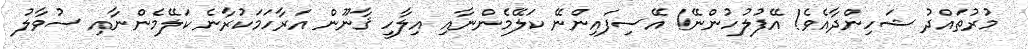
މުރުތައްދު ޝަހިންދާއެވެ! އޭފުލުހުންނޭ! އޭސިފައިންނޭ ކަލޭމެންނާއި އިލާހީ ޤާނޫން އަރާހަމަކުރާނެ ކަލޭމެންނާއި ސުވާލު